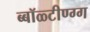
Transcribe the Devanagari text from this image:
ब्बॉळ्टीण्ग्ग